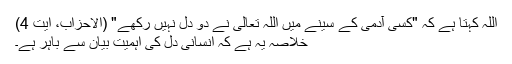
اللہ کہتا ہے کہ "کسی آدمی کے سینے میں اللہ تعالیٰ نے دو دل نہیں رکھے" (الاحزاب، آیت 4)
خلاصہ یہ ہے کہ انسانی دل کی اہمیت بیان سے باہر ہے۔